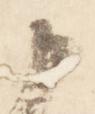
申